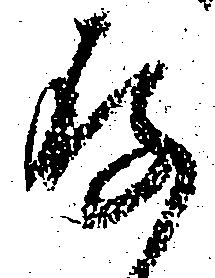
存